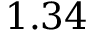
1 . 3 4